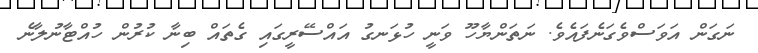
ނަގަން އަވަސްވެގަނެފައެވެ. ނަތަންޔާހޫ ވަނީ ހުޅަނގު އައްސޭރީގައި ގެތައް ބިނާ ކުރުން ހުއްޓާނުލާނެ